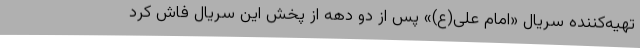
تهیه‌کننده سریال «امام علی(ع)» پس از دو دهه از پخش این سریال فاش کرد